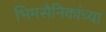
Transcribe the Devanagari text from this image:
भिमसैनिकांच्या